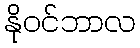
နိုဝင်ဘာလ